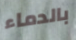
بالدماء